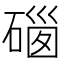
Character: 𥔥